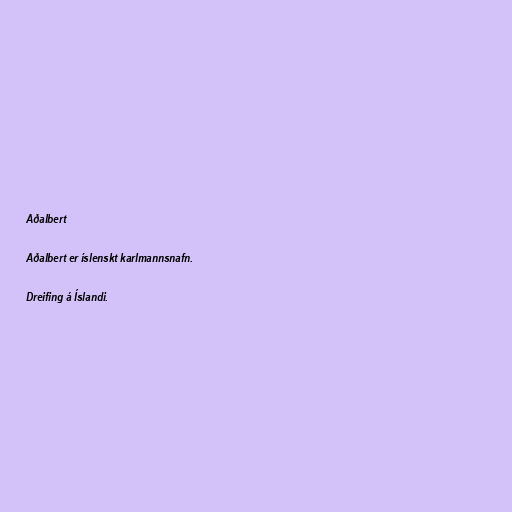
Aðalbert

Aðalbert er íslenskt karlmannsnafn.

Dreifing á Íslandi.